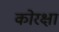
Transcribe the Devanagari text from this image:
कोरक्षा